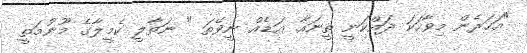
"އަހަރެން މިވާހަކަ ދައްކަނީ ތީނައާ. އަޑެއް ނީވޭތަ " ނަތާލީ ކެމީލާގެ މޫނުމަތީ